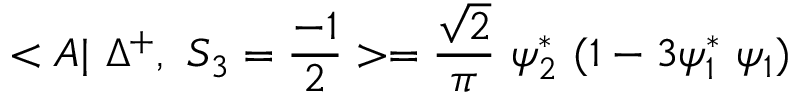
< A | ~ \Delta ^ { + } , ~ S _ { 3 } = \frac { - 1 } { 2 } > = \frac { \sqrt { 2 } } { \pi } ~ \psi _ { 2 } ^ { * } ~ ( 1 - 3 \psi _ { 1 } ^ { * } ~ \psi _ { 1 } )